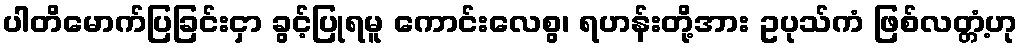
ပါတိမောက်ပြခြင်းငှာ ခွင့်ပြုရမူ ကောင်းလေစွ၊ ရဟန်းတို့အား ဥပုသ်ကံ ဖြစ်လတ္တံ့ဟု